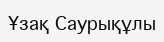
Ұзақ Саурықұлы